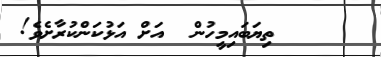
ތިޔަބައިމީހުން  އަށް އަޅުކަންކުރާށެވެ!